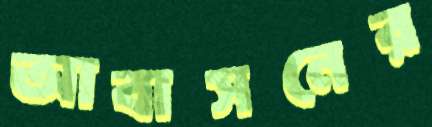
আবাসনের